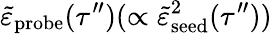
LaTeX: \tilde{\varepsilon}_{\mathrm{probe}}(\tau^{\prime\prime})(\propto\tilde{\varepsilon}_{\mathrm{seed}}^{2}(\tau^{\prime\prime}))